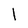
Character: I